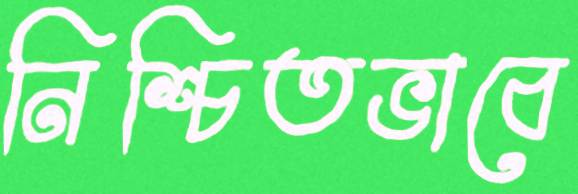
নিশ্চিতভাবে